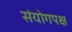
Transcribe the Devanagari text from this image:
संयोगपक्ष